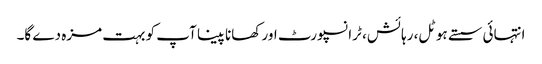
انتہائی سستے ہوٹل، رہائش، ٹرانسپورٹ اور کھانا پینا آپ کو بہت مزہ دے گا۔